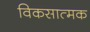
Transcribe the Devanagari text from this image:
विकसात्मक